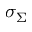
\sigma _ { \Sigma }